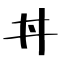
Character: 丼